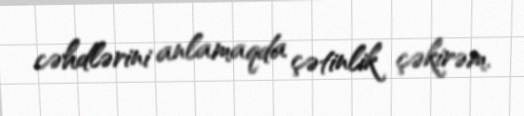
cəhdlərini anlamaqda çətinlik çəkirəm.